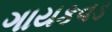
ગાયકવડ